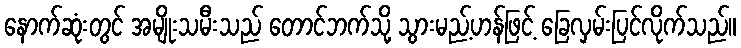
နောက်ဆုံးတွင် အမျိုးသမီးသည် တောင်ဘက်သို့ သွားမည့်ဟန်ဖြင့် ခြေလှမ်းပြင်လိုက်သည်။